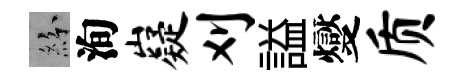
紛洵嶷刈謚燮质